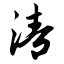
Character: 清